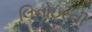
લિનોઇરની